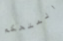
المتحكم